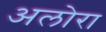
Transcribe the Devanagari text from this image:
अलोरा